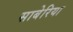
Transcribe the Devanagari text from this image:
साबेरिया